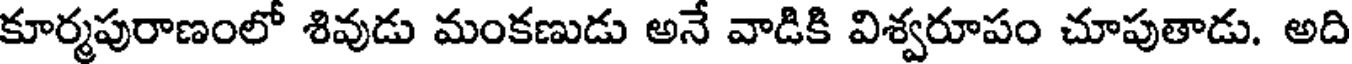
కూర్మపురాణంలో శివుడు మంకణుడు అనే వాడికి విశ్వరూపం చూపుతాడు. అది